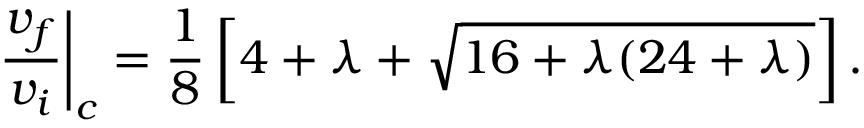
\left. \frac { v _ { f } } { v _ { i } } \right| _ { c } = \frac { 1 } { 8 } \left[ 4 + \lambda + \sqrt { 1 6 + \lambda ( 2 4 + \lambda ) } \right] .